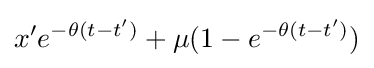
x'e^{-\theta (t-t')}+\mu (1-e^{-\theta (t-t')})